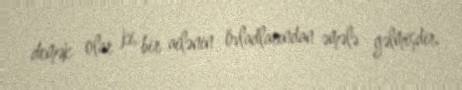
demək olar ki, bir ailənin övladlarından əmələ gəlmişdir.